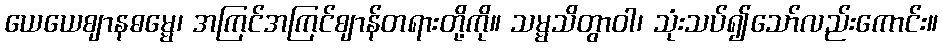
ယေယေဈာနဓမ္မေ၊ အကြင်အကြင်ဈာန်တရားတို့ကို။ သမ္မသိတွာဝါ၊ သုံးသပ်၍သော်လည်းကောင်း။